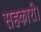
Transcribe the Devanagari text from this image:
सहकारी।